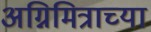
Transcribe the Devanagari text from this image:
अग्निमित्राच्या